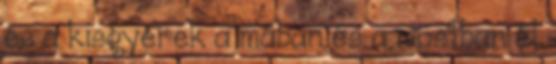
és a kisgyerek a mában és a mostban él.